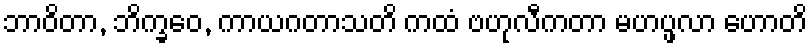
ဘာဝိတာ, ဘိက္ခဝေ, ကာယဂတာသတိ ကထံ ဗဟုလီကတာ မဟပ္ဖလာ ဟောတိ